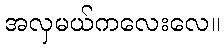
အလှမယ်ကလေးလေ။